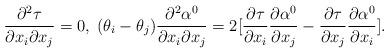
LaTeX: \begin{align*}\frac{\partial^2 \tau}{\partial x_i \partial x_j}=0, \;(\theta_i - \theta_j)\frac{\partial^2 \alpha^0}{\partial x_i \partial x_j}=2 [\frac{\partial \tau}{\partial x_i} \frac{\partial \alpha^0}{\partial x_j}-\frac{\partial \tau}{\partial x_j} \frac{\partial \alpha^0}{\partial x_i}].\end{align*}